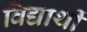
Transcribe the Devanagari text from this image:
विद्यार्थीं